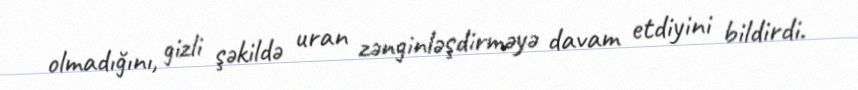
olmadığını, gizli şəkildə uran zənginləşdirməyə davam etdiyini bildirdi.